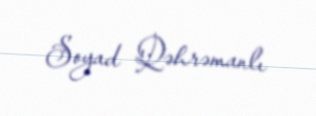
Soyad Qəhrəmanlı